Investigations on Bengal jail dietaries - Number 37
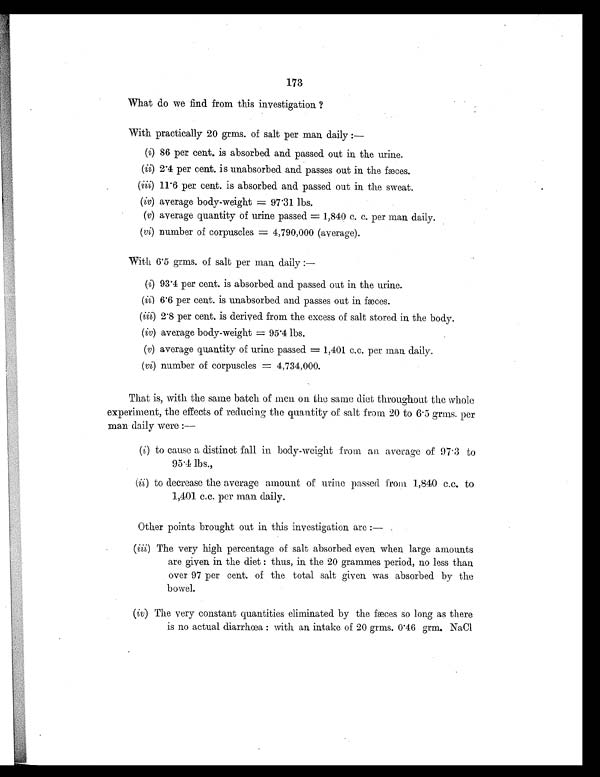
173
What do we find from this investigation ?
With practically 20 grms. of salt per man daily :—
(i) 86 per cent. is absorbed and passed. out in the urine.
(ii) 2.4 per cent. is unabsorbed and passes out in the fæces.
(iii) 11.6 per cent. is absorbed and passed out in the sweat.
(iv) average body-weight = 97.31 lbs.
(v) average quantity of urine passed = 1,840 c. c. per man daily.
(vi) number of corpuscles = 4,790,000 (average).
With. 6.5 grms. of salt per man daily :—
(i) 93.4 per cent. is absorbed and passed out in the urine.
(ii) 6.6 per cent. is unabsorbed and passes out in fæces.
(iii) 2.8 per cent. is derived from the excess of salt stored in the body.
(iv) average body-weight = 95.4 lbs.
(v) average quantity of urine passed = 1,401 c.c. per man daily.
(vi) number of corpuscles = 4,734,000.
That is, with the same batch of men on the same diet throughout the whole
experiment, the effects of reducing the quantity of salt from 20 to 6.5 grms. per
man daily were :—
(i) to cause a distinct fall in body-weight from an average of 97.3 to
95.4 lbs.,
(ii) to decrease the average amount of urine passed from 1,840 c.c. to
1,401 c.c. per man daily.
Other points brought out in this investigation are :—
(iii) The very high percentage of salt absorbed even when large amounts
are given in the diet : thus, in the 20 grammes period, no less than
over 97 per cent. of the total salt given was absorbed by the
bowel.
(iv) The very constant quantities eliminated by the fæces so long as there
is no actual diarrhœa : with, an intake of 20 grms. 0.46 grm. NaCI